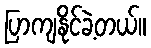
ပြာကျနိုင်ခဲ့တယ်။